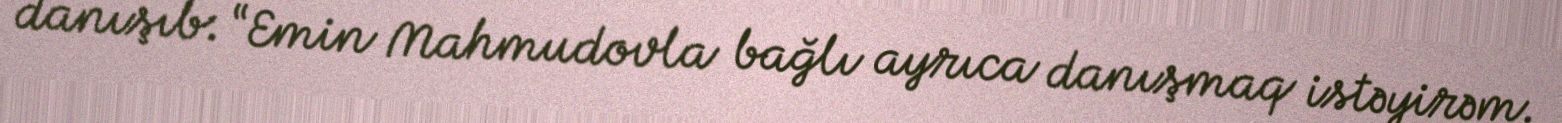
danışıb: “Emin Mahmudovla bağlı ayrıca danışmaq istəyirəm.